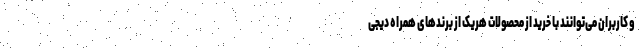
و کاربران می‌توانند با خرید از محصولات هریک از برندهای همراه دیجی